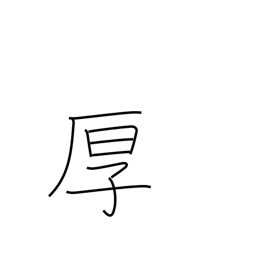
Meaning: cordial